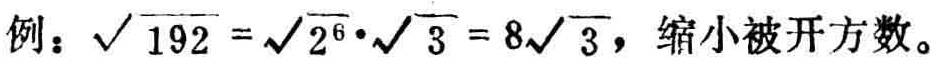
例：$\sqrt{192}=\sqrt{2^{6}}\cdot\sqrt{3}=8\sqrt{3}$，缩小被开方数。